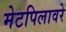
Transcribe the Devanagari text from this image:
मेटपिलावरे